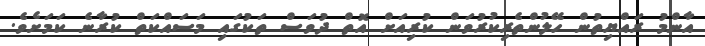
އާންމު ރައްޔިތުން ހޭލުންތެރިކުރުވަން ކުރިއަށް އޮތް ދުވަސް ތަކުގައި މަސައްކަތް ކުރާނެ ކަމަށެވެ.